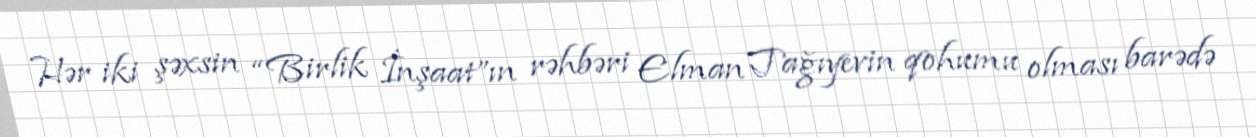
Hər iki şəxsin “Birlik İnşaat”ın rəhbəri Elman Tağıyevin qohumu olması barədə